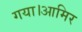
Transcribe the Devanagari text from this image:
गया।आमिर